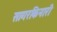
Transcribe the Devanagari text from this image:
सागरकिनारी